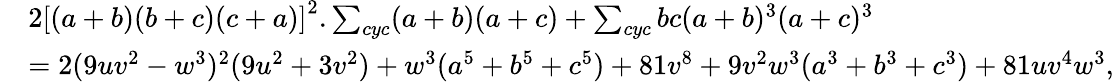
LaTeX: \begin{array}{rl}&{2\left[(a+b)(b+c)(c+a)\right]^{2}.\sum_{cyc}(a+b)(a+c)+\sum_{cyc}bc(a+b)^{3}(a+c)^{3}}\\ &{=2(9uv^{2}-w^{3})^{2}(9u^{2}+3v^{2})+w^{3}(a^{5}+b^{5}+c^{5})+81v^{8}+9v^{2}w^{3}(a^{3}+b^{3}+c^{3})+81uv^{4}w^{3},}\end{array}